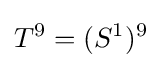
T^{9}=(S^{1})^{9}